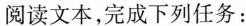
阅读文本，完成下列任务：